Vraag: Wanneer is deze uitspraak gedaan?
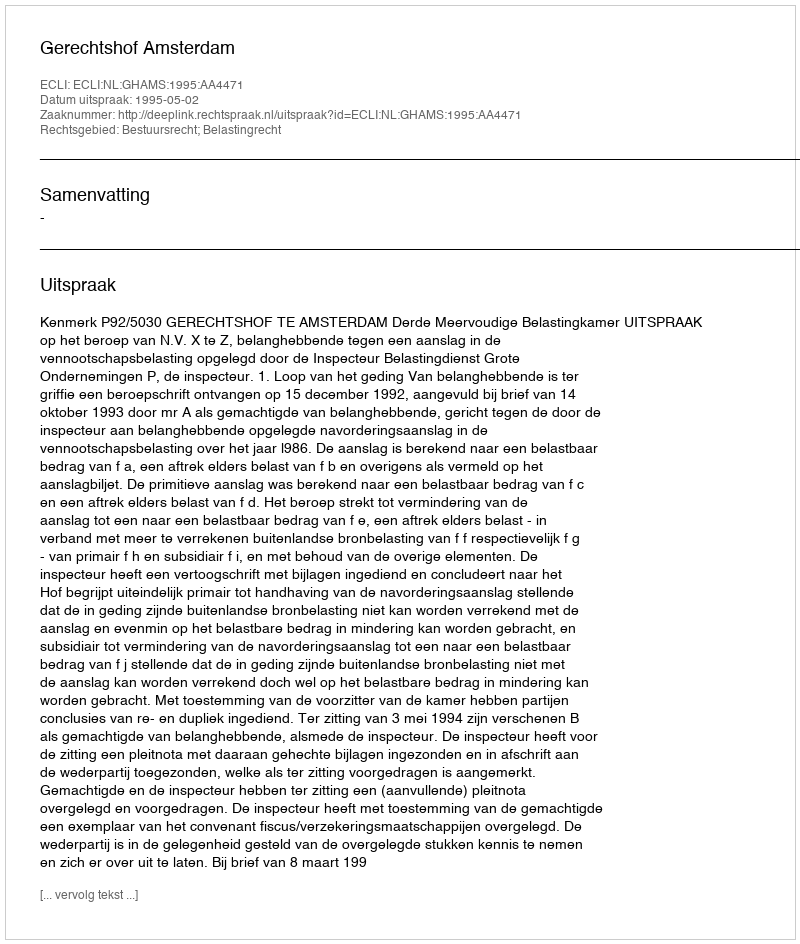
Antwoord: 1995-05-02